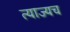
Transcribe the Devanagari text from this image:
त्याज्यच